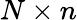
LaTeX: N\times n